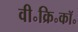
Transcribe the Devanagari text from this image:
वी॰क्रि॰कॉ॰